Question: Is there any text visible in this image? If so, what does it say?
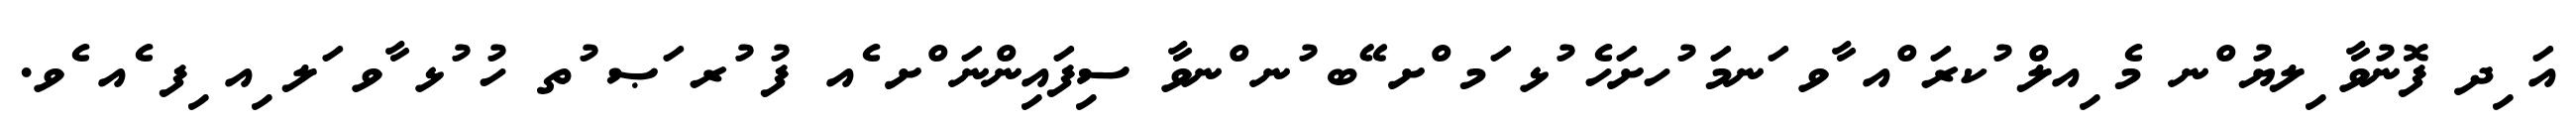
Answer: އަ ިދ ފޮނުވާ ިލޔު ްނ މެ ިއލް ުކރަ ްއ ާވ ަނމަ ުހށަހެ ުޅ ަމ ްށ ޭބ ުނ ްނވާ ސިފައިންނަ ްށ ެއ ފު ުރ ަޞ ުތ ހު ުޅ ާވ ަލ ިއ ިފ ެއ ެވ.